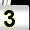
Digit: 3